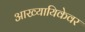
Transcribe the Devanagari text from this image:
आख्यायिकेवर